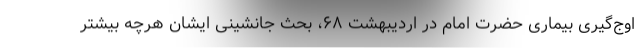
اوج‌گیری بیماری حضرت امام در اردیبهشت ۶۸، بحث جانشینی ایشان هرچه بیشتر